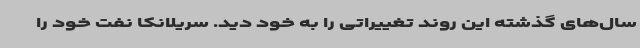
سال‌های گذشته این روند تغییراتی را به خود دید. سریلانکا نفت خود را